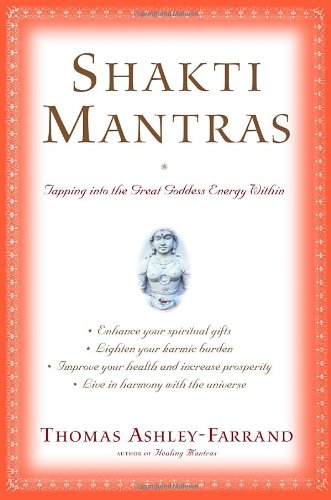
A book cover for Shakti Mantras: Tapping into the Great Goddess Energy Within; Thomas Ashley-Farrand; Health, Fitness & Dieting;